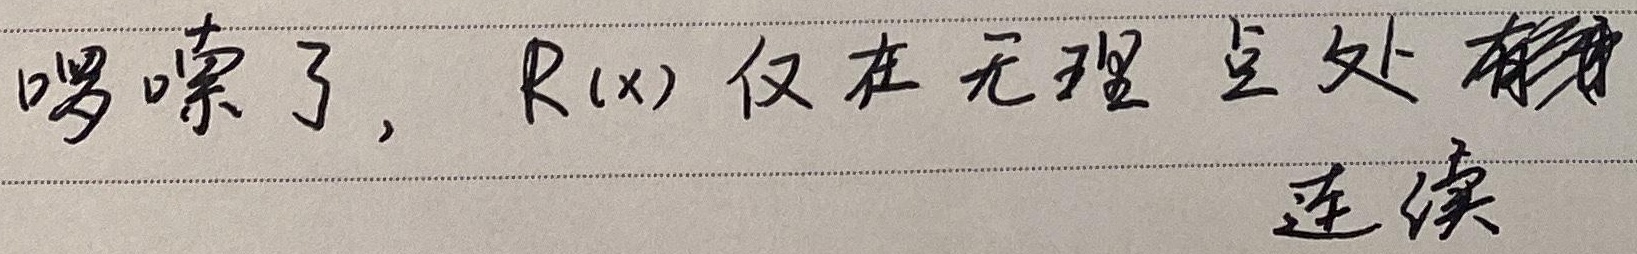
啰嗦了， \(R(x)\) 仅在无理点处\underline{有}连续